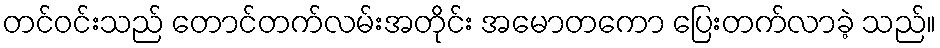
တင်ဝင်းသည် တောင်တက်လမ်းအတိုင်း အမောတကော ပြေးတက်လာခဲ့ သည်။